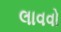
લાવવો